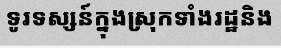
ទូរទស្សន៍ក្នុងស្រុកទាំងរដ្ឋនិង